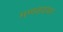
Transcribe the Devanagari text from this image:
मणक्यांवर